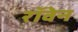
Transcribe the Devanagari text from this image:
रॉवेन